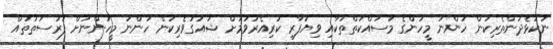
ނުކުޅެދުންތެރިކަން ހުންނަ މީހުންގެ މަސައްކަތްތަކާއި ވިޔަފާރި ކުރިއެރުވުމަށް ޝައުގުވެރިކަން ހުންނަ މީހުންނަށް ފުރުސަތުތައް